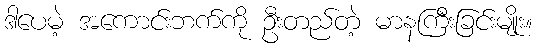
ဒါပေမဲ့ အကောင်းဘက်ကို ဦးတည်တဲ့ မာနကြီးခြင်းမျိုး။